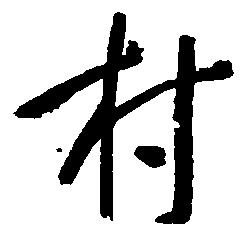
村